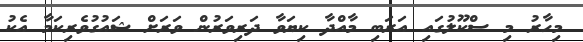
މިހާރު މި ސްކޫލުގައި އަރަބި މާއްދާ ކިޔަވާ ދަރިވަރުން ވަރަށް ޝައުގުވެރިކަމާ އެކު